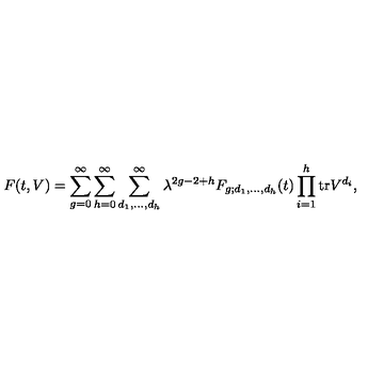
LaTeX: F ( t , V ) = \sum _ { g = 0 } ^ { \infty } \sum _ { h = 0 } ^ { \infty } \sum _ { d _ { 1 } , \ldots , d _ { h } } ^ { \infty } \lambda ^ { 2 g - 2 + h } F _ { g ; d _ { 1 } , \ldots , d _ { h } } ( t ) \prod _ { i = 1 } ^ { h } \mathrm { t r } V ^ { d _ { i } } ,